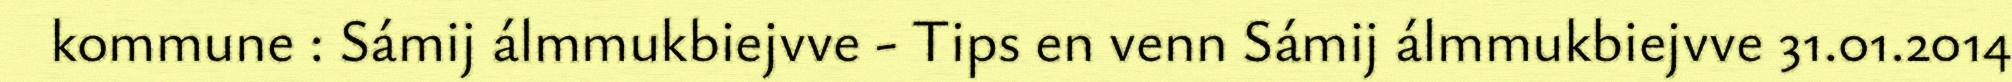
kommune : Sámij álmmukbiejvve - Tips en venn Sámij álmmukbiejvve 31.01.2014